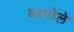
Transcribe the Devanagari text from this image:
ढळलेले